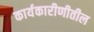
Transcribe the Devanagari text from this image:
कार्यकारीणीतील